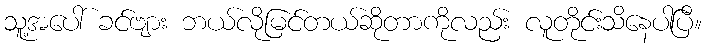
သူ့အပေါ် ခင်ဗျား ဘယ်လိုမြင်တယ်ဆိုတာကိုလည်း လူတိုင်းသိနေပါပြီ။